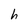
Character: h